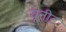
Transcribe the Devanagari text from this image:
यूनीट